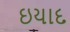
ઇયાદ